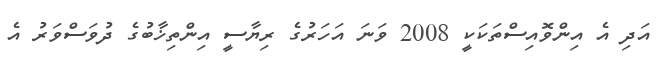
އަދި އެ އިންވޮއިސްތަކަކީ 2008 ވަނަ އަހަރުގެ ރިޔާސީ އިންތިޚާބުގެ ދުވަސްވަރު އެ